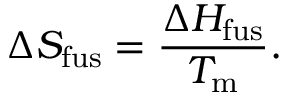
\Delta S _ { \mathrm { f u s } } = { \frac { \Delta H _ { \mathrm { f u s } } } { T _ { \mathrm { m } } } } .